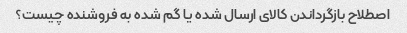
اصطلاح بازگرداندن کالای ارسال شده یا گم شده به فروشنده چیست؟